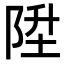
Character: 陞